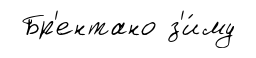
Бр'ентано з'и́му